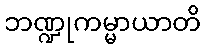
ဘဏ္ဍုကမ္မာယာတိ